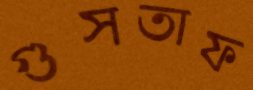
গুসতাফ